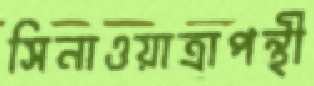
সিনাওয়াত্রাপন্থী